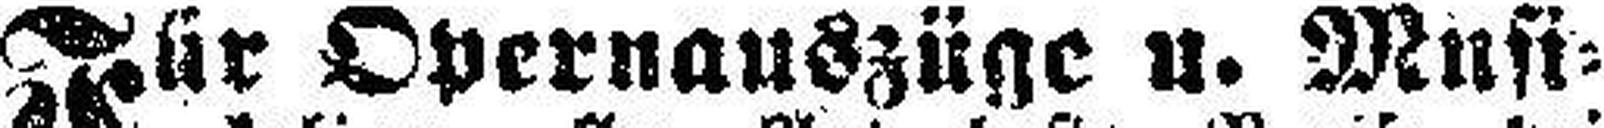
Für Opernauszüge u. Musi¬